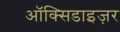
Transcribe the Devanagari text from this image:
ऑक्सिडाइज़र